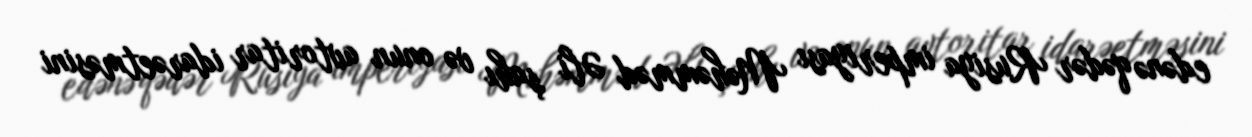
edənə qədər Rusiya imperiyası Məhəmməd Əli şahı və onun avtoritar idarəetməsini